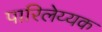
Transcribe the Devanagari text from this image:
पारिलेय्यक